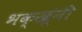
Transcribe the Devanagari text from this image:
भक्खूंनी